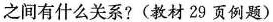
之间有什么关系？（教材29页例题）